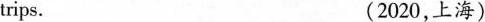
trips. (2020,上海)